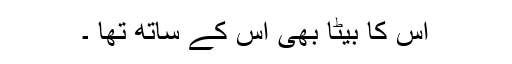
اس کا بیٹا بھی اس کے ساتھ تھا ۔